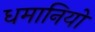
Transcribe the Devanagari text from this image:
धमानियो